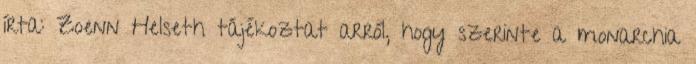
írta: Zoenn Helseth tájékoztat arról, hogy szerinte a monarchia